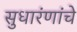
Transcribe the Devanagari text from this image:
सुधारंणांचे